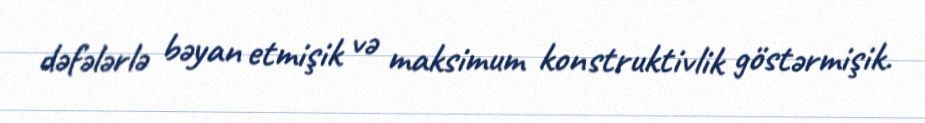
dəfələrlə bəyan etmişik və maksimum konstruktivlik göstərmişik.